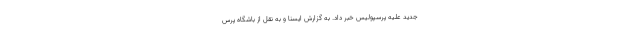
جدید علیه پرسپولیس خبر داد. به گزارش ایسنا و به نقل از باشگاه پرس